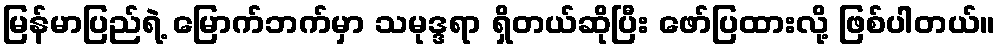
မြန်မာပြည်ရဲ့ မြောက်ဘက်မှာ သမုဒ္ဒရာ ရှိတယ်ဆိုပြီး ဖော်ပြထားလို့ ဖြစ်ပါတယ်။